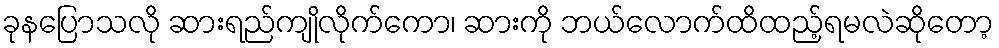
ခုနပြောသလို ဆားရည်ကျိုလိုက်ကော၊ ဆားကို ဘယ်လောက်ထိထည့်ရမလဲဆိုတော့